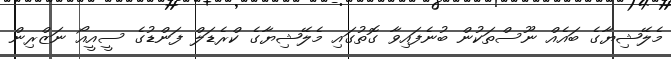
މެލޭޝިޔާގެ ބައެއް ނޫސްތަކުން ބުނެފައިވާ ގޮތުގައި މެލޭޝިޔާގެ ކްރެޑަލް ފަންޑުގެ ސީއީއޯ ނަޒްރިން